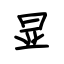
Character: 显